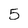
Character: 5